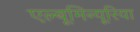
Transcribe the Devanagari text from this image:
एल्बूमिन्यूरिया